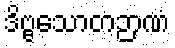
ဒိဗ္ဗသောတဉာဏံ